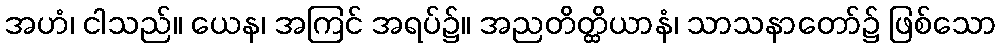
အဟံ၊ ငါသည်။ ယေန၊ အကြင် အရပ်၌။ အညတိတ္ထိယာနံ၊ သာသနာတော်၌ ဖြစ်သော